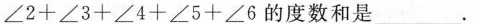
∠ 2 + ∠ 3 + ∠ 4 + ∠ 5 + ∠ 6$$的度数和是___.